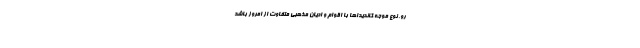
رو، نوع موجه كانديداها با اقوام و اديان مذهبي متفاوت از امروز باشد